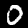
Label: 0